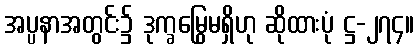
အပ္ပနာအတွင်း၌ ဒုက္ခမြွေမရှိဟု ဆိုထားပုံ ဋ္ဌ-၂၇၄။